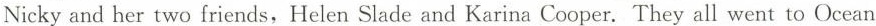
Nicky and her two friends,Helen Slade and Karina Cooper. They all went to Ocean